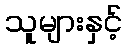
သူများနှင့်